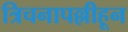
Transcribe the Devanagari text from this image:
त्रिचनापल्लीहून